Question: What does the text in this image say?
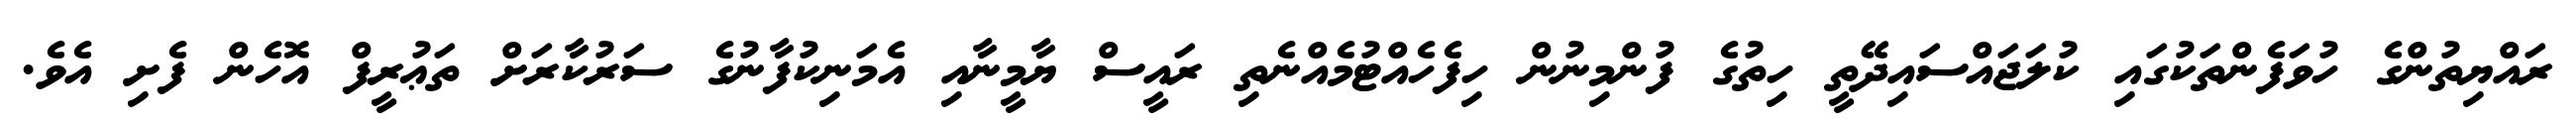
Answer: ރައްޔިތުންގެ ހުވަފެންތަކުގައި ކުލަޖައްސައިދޭތީ ހިތުގެ ފުންމިނުން ހިފެހެއްޓުމެއްނެތި ރައީސް ޔާމީނާއި އެމަނިކުފާނުގެ ސަރުކާރަށް ތަޢުރީފް އޮހެން ފެށި އެވެ.